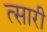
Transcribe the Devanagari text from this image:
त्सारी